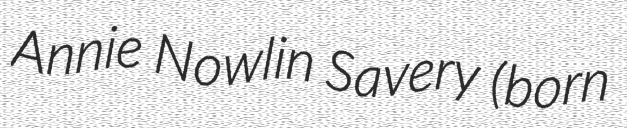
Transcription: Annie Nowlin Savery (born